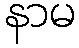
နာမ